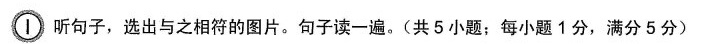
\bigcirc{1} 听句子，选出与之相符的图片。句子读一遍。(共 5 小题；每小题 1 分，满分 5 分)